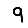
Digit: 9